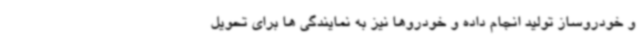
و خودروساز تولید انجام داده و خودروها نیز به نمایندگی ها برای تحویل